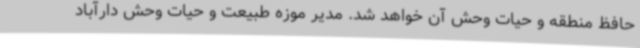
حافظ منطقه و حیات وحش آن خواهد شد. مدیر موزه طبیعت و حیات وحش دارآباد